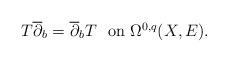
LaTeX: \begin{align*} T\overline\partial_b=\overline\partial_bT\ \ \mbox{on $\Omega^{0,q}(X,E)$}.\end{align*}